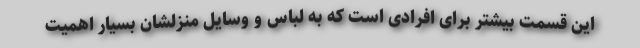
این قسمت بیشتر برای افرادی است که به لباس و وسایل منزلشان بسیار اهمیت